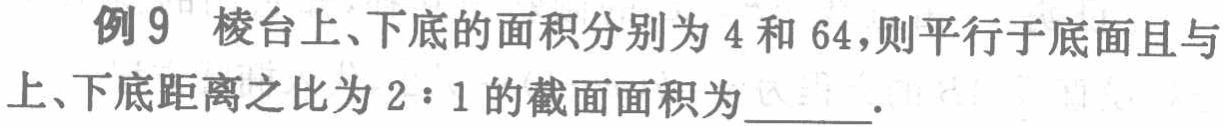
例 9 棱台上、下底的面积分别为 4 和 64，则平行于底面且与上、下底距离之比为 \(2:1\) 的截面面积为  ．